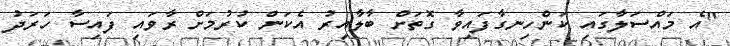
"އެ މައްސަލާގައި ކަންހިނގާފައިވާ ގޮތަށް ބާލާއިރު އެކަން ކުރުމަށް ރާވައި ފައިސާ ހަރަދު